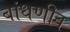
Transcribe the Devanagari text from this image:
बांधणीव